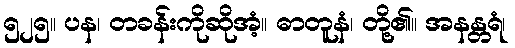
၅၂၅။ ပန၊ တခန်းကိုဆိုအံ့။ ဓာတူနံ၊ တို့၏။ အနန္တရံ၊